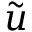
\tilde { u }